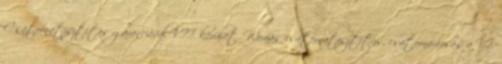
Csatornatisztítás garanciával VII. kerület. Womás csatornatisztítás, csatornamosás a VI.